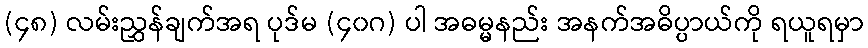
(၄၈) လမ်းညွှန်ချက်အရ ပုဒ်မ (၄၀ဂ) ပါ အဓမ္မနည်း အနက်အဓိပ္ပာယ်ကို ရယူရမှာ